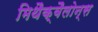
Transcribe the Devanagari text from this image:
मिथैक्वैलोन्स